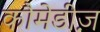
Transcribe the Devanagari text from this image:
कौमेडीज़